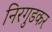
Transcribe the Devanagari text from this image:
निरगुडकर